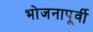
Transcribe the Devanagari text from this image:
भोजनापूर्वी